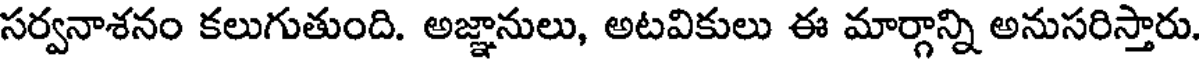
సర్వనాశనం కలుగుతుంది. అజ్ఞానులు, అటవికులు ఈ మార్గాన్ని అనుసరిస్తారు.